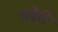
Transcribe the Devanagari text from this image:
ग़देरी